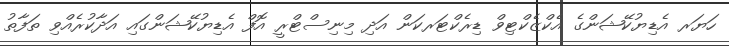
ހަޔަރ އެޑިޔުކޭޝަންގެ އެކްޒެކްޓިވް ޑިރެކްޓަރކަން އަދި މިނިސްޓްރީ އޮފް އެޑިޔުކޭޝަންގައި އަދާކުރެއްވި ތަފާތު